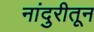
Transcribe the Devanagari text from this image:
नांदुरीतून